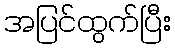
အပြင်ထွက်ပြီး